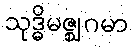
သုဒ္ဓိမဇ္ဈဂမာ